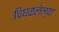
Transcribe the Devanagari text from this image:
चिघळलेल्या